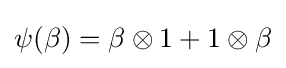
\psi (\beta )=\beta \otimes 1+1\otimes \beta